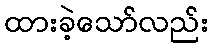
ထားခဲ့သော်လည်း